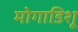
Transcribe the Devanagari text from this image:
मोगाडिशू